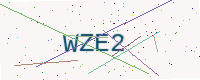
Text: WZE2